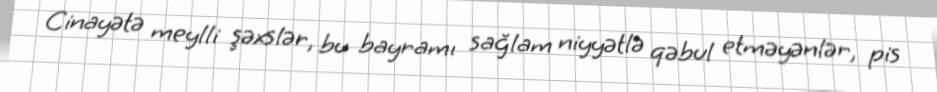
Cinayətə meylli şəxslər, bu bayramı sağlam niyyətlə qəbul etməyənlər, pis